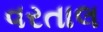
વરતાલ